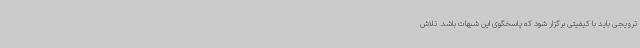
ترویجی باید با کیفیتی برگزار شود که پاسخگوی این شبهات باشد. تلاش